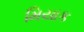
મિયાક